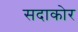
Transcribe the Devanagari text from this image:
सदाकोर